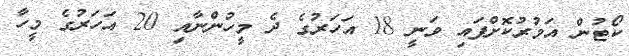
ކޯޓުން އަމުރުކޮށްފައި ވަނީ 18 އަހަރުގެ ދެ މީހުންނާއި 20 އަހަރުގެ މީހާ